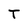
Character: T